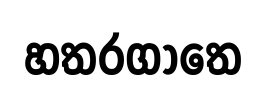
හතරගාතෙ